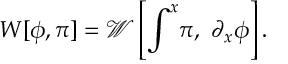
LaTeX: W [ \phi , \pi ] = \mathcal { W } \left[ \int ^ { x } \! \pi , ~ \partial _ { x } \phi \right] .